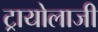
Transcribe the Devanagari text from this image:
ट्रायोलाजी